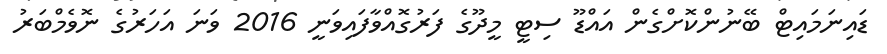
ޑައިނަމައިޓް ބޭނުންކޮށްގެން އައްޑޫ ސިޓީ މީދޫގެ ފަރުގޮއްވާފައިވަނީ 2016 ވަނަ އަހަރުގެ ނޮވެމްބަރު